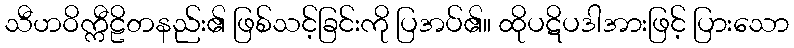
သီဟဝိက္ကီဠိတနည်း၏ ဖြစ်သင့်ခြင်းကို ပြအပ်၏။ ထိုပဋိပဒါအားဖြင့် ပြားသော